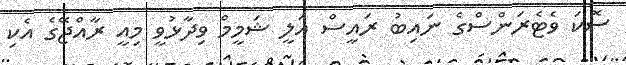
ސޮކަ ވެޓެރަންސްގެ ނައިބު ރައީސް އަލީ ޝަމީމް ވިދާޅުވީ މިއީ ރާއްޖޭގެ އެކި